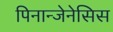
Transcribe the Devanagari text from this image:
पिनान्जेनेसिस